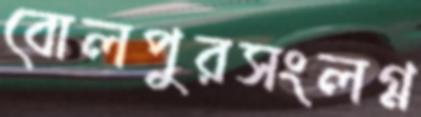
বোলপুরসংলগ্ন